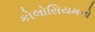
કોલોસિયમનો